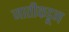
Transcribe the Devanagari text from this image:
जातीकडून